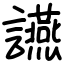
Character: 讌